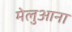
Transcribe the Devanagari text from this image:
मेलुआना